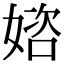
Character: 𡟔